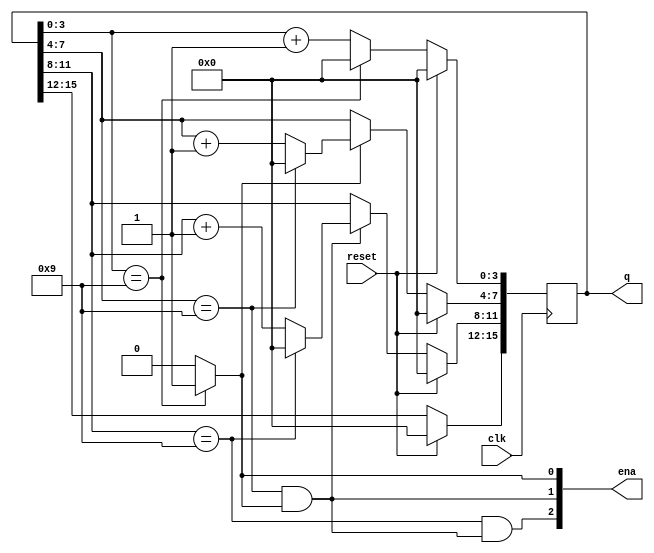
module BCD_counter (
    input clk, reset,
    output [3:1] ena,
    output [15:0] q );

    //processing enable signal, sequential logic is not suitable.
    //Enable signal is for real time, combinational logic is suitable. 
    always @(*) begin
        ena[1] = (q[3:0]==9) ? 1 : 0;
        ena[2] = (q[7:4]==9) && ena[1];
        ena[3] = (q[11:8]==9) && ena[2];
    end

    //For output, Synchronizing with clk is essential.
    always @(posedge clk) begin
        if(reset) begin
            q <= 0;
        end

        else begin 
            if(q[3:0]==9) begin
                q[3:0] <= 0;
            end
            else begin
                q[3:0] <= q[3:0] + 1;
            end

            if (ena[1]) begin
                if(q[7:4]==9) begin
                    q[7:4] <= 0;
                end
                else begin
                    q[7:4] <= q[7:4] + 1;
                end
            end

            if (ena[2]) begin
                if(q[11:8]==9) begin
                    q[11:8] <= 0;
                end
                else begin
                    q[11:8] <= q[11:8] + 1;
                end
            end
        end
    end
    
endmodule